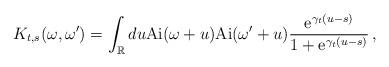
LaTeX: \begin{align*} K_{t,s}(\omega,\omega') = \int_\mathbb{R} du \mathrm{Ai}(\omega+u) \mathrm{Ai}(\omega'+u) \frac{\mathrm{e}^{\gamma_t(u-s)}}{1+\mathrm{e}^{\gamma_t(u-s)}} \,,\end{align*}